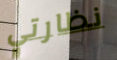
نظارتي